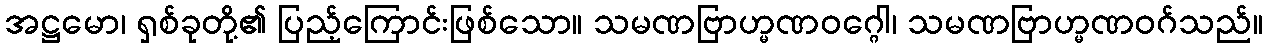
အဋ္ဌမော၊ ရှစ်ခုတို့၏ ပြည့်ကြောင်းဖြစ်သော။ သမဏဗြာဟ္မဏဝဂ္ဂေါ၊ သမဏဗြာဟ္မဏဝဂ်သည်။